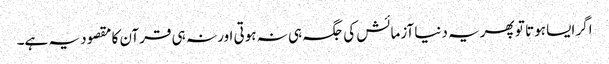
اگر ایسا ہوتا تو پھر یہ دنیا آزمائش کی جگہ ہی نہ ہوتی اور نہ ہی قرآن کا مقصود یہ ہے۔